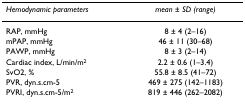
<table><thead><tr><td><b><i>Hemodynamic parameters</i></b></td><td><b><i>mean ± SD (range)</i></b></td></tr></thead><tbody><tr><td>RAP, mmHg</td><td>8 ± 4 (2–16)</td></tr><tr><td>mPAP, mmHg</td><td>46 ± 11 (30–68)</td></tr><tr><td>PAWP, mmHg</td><td>8 ± 3 (2–14)</td></tr><tr><td>Cardiac index, L/min/m<sup>2</sup></td><td>2.2 ± 0.6 (1–3.4)</td></tr><tr><td>SvO2, %</td><td>55.8 ± 8.5 (41–72)</td></tr><tr><td>PVR, dyn.s.cm-5</td><td>469 ± 275 (142–1183)</td></tr><tr><td>PVRI, dyn.s.cm-5/m<sup>2</sup></td><td>819 ± 446 (262–2082)</td></tr></tbody></table>